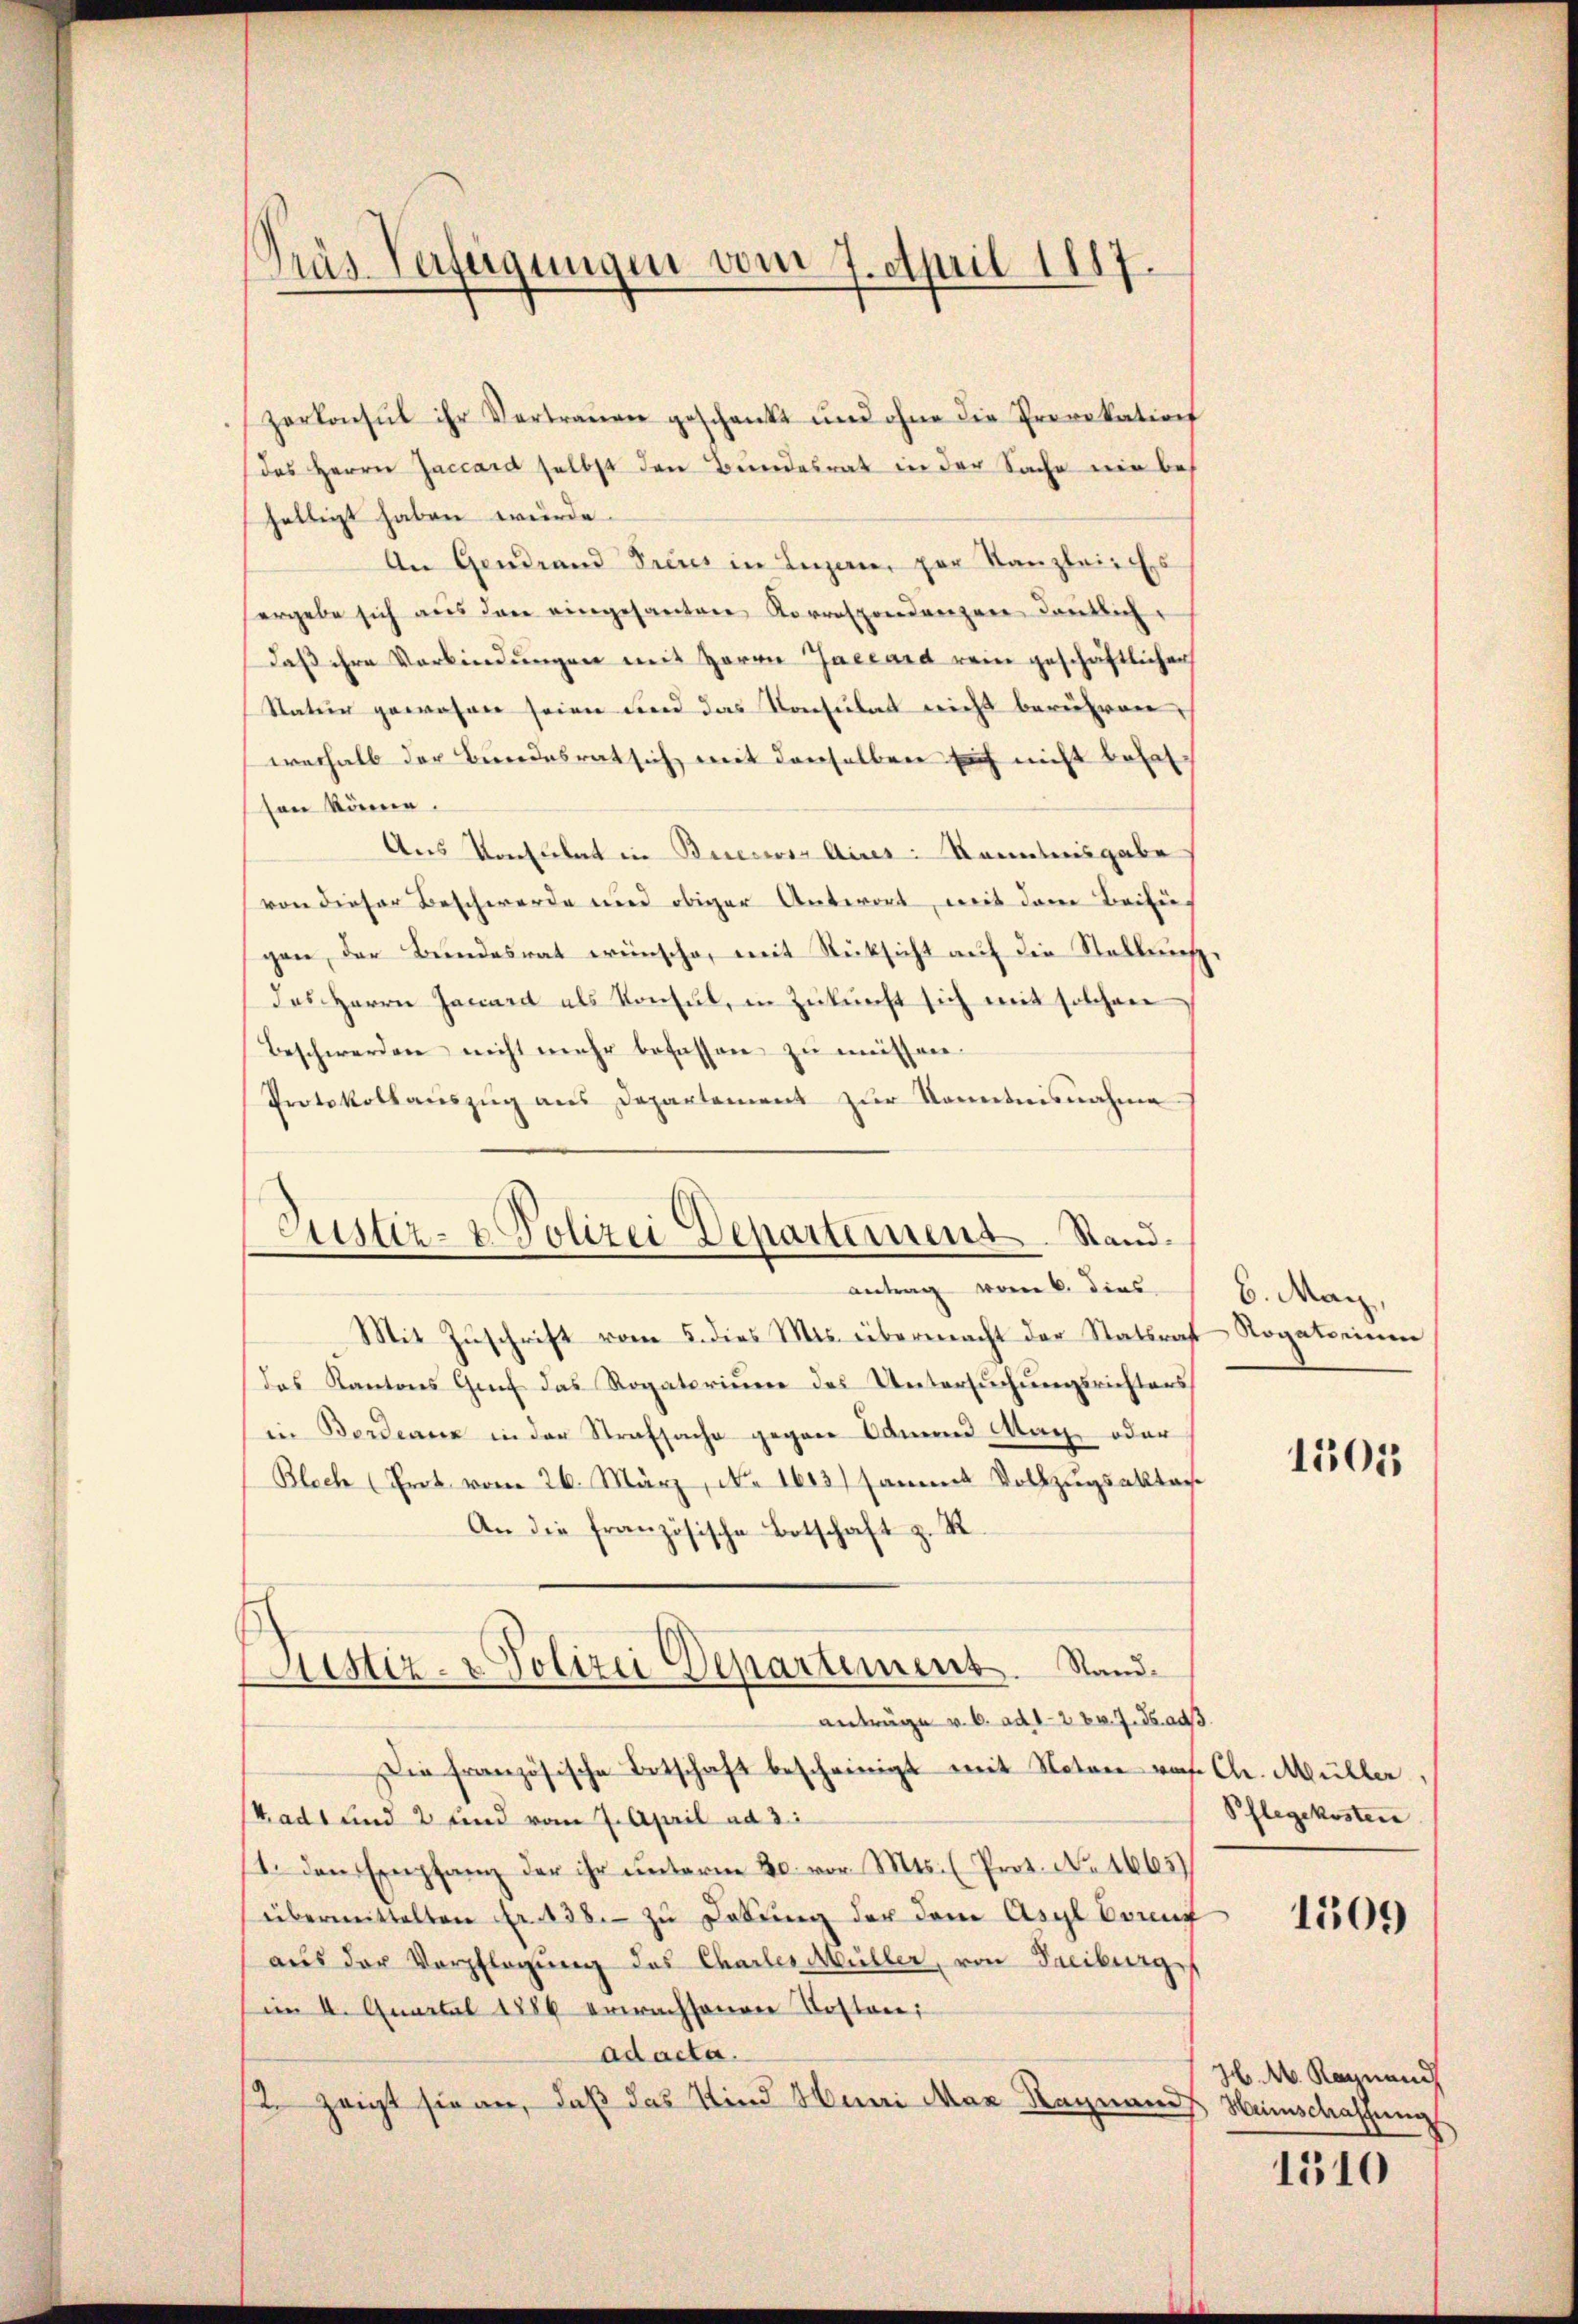
Präs. Verfeigungen vom 7. April 1817.

zerkonsul ihr Vertrauen geschenkt und ohne die Provokation
des Herrn Jaccard selbst den Bundesrat in der Sache nie bes
helligt haben würde.
An Gendrand Treues in Luzern, par Kanzleisches
ergebe sich aus den eingesantere Korrespondenzen deutlich
daß ihre Verbindungen mit Herrn Jneeard rein geschäftlicher
Statur gewesen seien und das Konsulat nicht berühren,
werhalb der Bundesrat sich mit demselben sich nicht behal
son könne.
Aus Konsulat in Buccos Aires Kenntnisgabe
von dieser Beschwerde und obiger Antwort, mit dem Beifügen, der Bundesrat wünsche, mit Rücksicht auf die Stellung
des Herrn Jaciard als Konsul, in Zukunft sich mit solchen
Beschwerden nicht mehr befassen zu müssen.
Protokollaŭszŭg aŭs Departement zŭr Kenntnisnahme
Mit Zŭschrift vom 5. dies Ms. übermacht der Stattraft Rogati einen
das Kantons Genf das Rogatorium des Untersuchungsrichters
in Bordeaux in der Strafsache gegen Samend Wach, oder
Blech (Prot. vom 26. März, No 1615) sammt Vollzugsaktan
An die französische Botschaft z. R.
Liestiz- & Polizei Departement. Stand
anträge v. 6. ad 12 t v. 7. ds. ad
Die französische Botschaft bescheinigt mit Noten rohe Chr. Müller
Stadt und 2 und vom 7. April ad 3.
11. den Empfang der ihr ŭnterm 20. vor. Mts. (Prot. No. 1665)
übermittelten Fr. 138. zu Debung der dem Asyl bring
aus der Verpflegung des Charles Müller, von Freiburge
im 4. Quartal 1886 erwachsenen Kosten
ad acta.
2. zeigt sie an, daß das Kind Muni Max Ragnaues Heinschaffung

Justiz- & Polizei Departement. Stand.
Antrag vom 6. dies

6. Maÿ,

1505

Pflegekosten
1509

H. M. Ragnand

1310